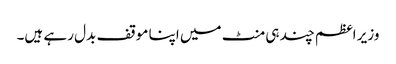
وزیر اعظم چند ہی منٹ میں اپنا موقف بدل رہے ہیں۔